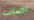
اصاب